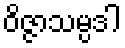
ဝိဇ္ဇာသမ္ပဒါ